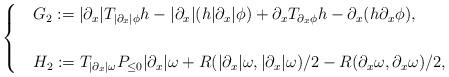
LaTeX: \begin{align*}\begin{cases}& G_2 := |\partial_x|T_{|\partial_x|\phi}h-|\partial_x|(h|\partial_x|\phi )+\partial_xT_{\partial_x\phi}h-\partial_x(h\partial_x\phi),\\\\& H_2 := T_{|\partial_x|\omega}P_{\leq 0}|\partial_x|\omega+R(|\partial_x|\omega,|\partial_x|\omega)/2-R(\partial_x\omega,\partial_x\omega)/2,\end{cases}\end{align*}